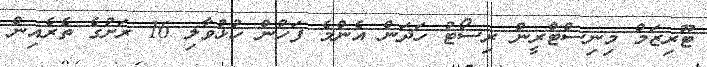
ޓޫރިޒަމް މިނިސްޓްރީން ރިސޯޓު ހަދަން އެންމެ ފަހުން ހުޅުވާލި 16 ރަށުގެ ތެރެއިން